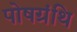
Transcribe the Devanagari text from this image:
पोषग्रंथि